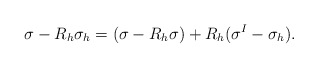
\begin{align*}\mathbf \sigma-R_{h}\mathbf \sigma_{h}=(\mathbf \sigma-R_{h}\mathbf \sigma)+R_{h}(\mathbf \sigma^{I}-\mathbf \sigma_{h}).\end{align*}